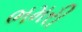
ભમરી